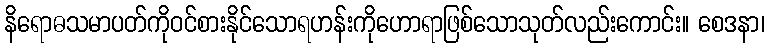
နိရောဓသမာပတ်ကိုဝင်စားနိုင်သောရဟန်းကိုဟောရာဖြစ်သောသုတ်လည်းကောင်း။ စေဒနာ၊